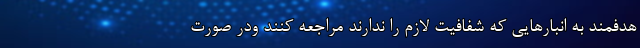
هدفمند به انبار‌هایی که شفافیت لازم را ندارند مراجعه کنند ودر صورت